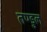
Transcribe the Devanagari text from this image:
तण्डुल